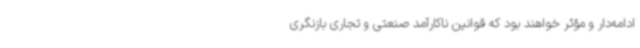
ادامه‌دار و مؤثر خواهند بود که قوانین ناکارآمد صنعتی و تجاری بازنگری